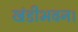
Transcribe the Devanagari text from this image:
खंडीभवन।